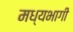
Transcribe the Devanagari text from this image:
मध्‍यभागी